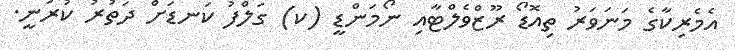
އެމެރިކާގެ މަނަވަރު ތިއޮޑޯ ރޫޒްވެލްޓާއި ނޯމަންޑީ (ކ) ގަލްފު ކަނޑަށް ދަތުރު ކުރަނީ.